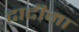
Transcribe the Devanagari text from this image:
दादीमा